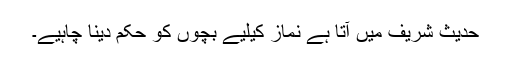
حدیث شریف میں آتا ہے نماز کیلیے بچوں کو حکم دینا چاہیے۔